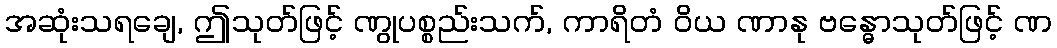
အဆုံးသရချေ, ဤသုတ်ဖြင့် ဏွုပစ္စည်းသက်, ကာရိတံ ဝိယ ဏာနု ဗန္ဓောသုတ်ဖြင့် ဏ